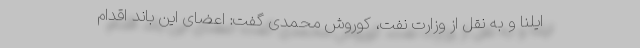
ایلنا و به نقل از وزارت نفت، کوروش محمدی گفت: اعضای این باند اقدام